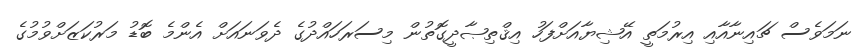
ނަމަވެސް ޗައިނާއާއި އިރުމަތީ އޭޝިޔާއަށްފަހު އިޤްތިޞާދީގޮތުން މިސަރަހައްދުގެ ދެވަނައަށް އެންމެ ބޮޑު މަރުކަޒަށްވުމުގެ